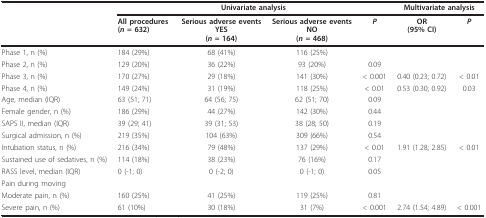
<table><thead><tr><td></td><td colspan="4"><b>Univariate analysis</b></td><td colspan="2"><b>Multivariate analysis</b></td></tr><tr><td></td><td><b>All procedures(<i>n </i>= 632)</b></td><td><b>Serious adverse eventsYES(<i>n </i>= 164)</b></td><td><b>Serious adverse eventsNO(<i>n </i>= 468)</b></td><td><b><i>P</i></b></td><td><b>OR(95% CI)</b></td><td><b><i>P</i></b></td></tr></thead><tbody><tr><td>Phase 1, n (%)</td><td>184 (29%)</td><td>68 (41%)</td><td>116 (25%)</td><td></td><td></td><td></td></tr><tr><td>Phase 2, n (%)</td><td>129 (20%)</td><td>36 (22%)</td><td>93 (20%)</td><td>0.09</td><td></td><td></td></tr><tr><td>Phase 3, n (%)</td><td>170 (27%)</td><td>29 (18%)</td><td>141 (30%)</td><td>&lt; 0.001</td><td>0.40 (0.23; 0.72)</td><td>&lt; 0.01</td></tr><tr><td>Phase 4, n (%)</td><td>149 (24%)</td><td>31 (19%)</td><td>118 (25%)</td><td>&lt; 0.01</td><td>0.53 (0.30; 0.92)</td><td>0.03</td></tr><tr><td>Age, median (IQR)</td><td>63 (51; 71)</td><td>64 (56; 75)</td><td>62 (51; 70)</td><td>0.09</td><td></td><td></td></tr><tr><td>Female gender, n (%)</td><td>186 (29%)</td><td>44 (27%)</td><td>142 (30%)</td><td>0.44</td><td></td><td></td></tr><tr><td>SAPS II, median (IQR)</td><td>39 (29; 41)</td><td>39 (31; 53)</td><td>38 (28; 50)</td><td>0.19</td><td></td><td></td></tr><tr><td>Surgical admission, n (%)</td><td>219 (35%)</td><td>104 (63%)</td><td>309 (66%)</td><td>0.54</td><td></td><td></td></tr><tr><td>Intubation status, n (%)</td><td>216 (34%)</td><td>79 (48%)</td><td>137 (29%)</td><td>&lt; 0.01</td><td>1.91 (1.28; 2.85)</td><td>&lt; 0.01</td></tr><tr><td>Sustained use of sedatives, n (%)</td><td>114 (18%)</td><td>38 (23%)</td><td>76 (16%)</td><td>0.17</td><td></td><td></td></tr><tr><td>RASS level, median (IQR)</td><td>0 (-1; 0)</td><td>0 (-2; 0)</td><td>0 (-1; 0)</td><td>0.05</td><td></td><td></td></tr><tr><td>Pain during moving</td><td></td><td></td><td></td><td></td><td></td><td></td></tr><tr><td>Moderate pain, n (%)</td><td>160 (25%)</td><td>41 (25%)</td><td>119 (25%)</td><td>0.81</td><td></td><td></td></tr><tr><td>Severe pain, n (%)</td><td>61 (10%)</td><td>30 (18%)</td><td>31 (7%)</td><td>&lt; 0.001</td><td>2.74 (1.54; 4.89)</td><td>&lt; 0.001</td></tr></tbody></table>